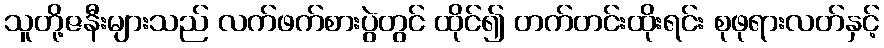
သူတို့ဇနီးများသည် လက်ဖက်စားပွဲတွင် ထိုင်၍ တက်တင်းထိုးရင်း စုဖုရားလတ်နှင့်